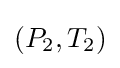
(P_{2},T_{2})